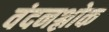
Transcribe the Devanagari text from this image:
वंदनश्लोक